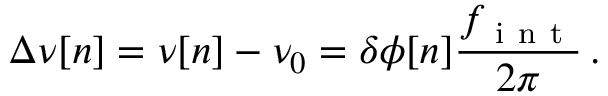
\Delta \nu [ n ] = \nu [ n ] - \nu _ { 0 } = \delta \phi [ n ] \frac { f _ { \mathrm { ~ i ~ n ~ t ~ } } } { 2 \pi } \, .